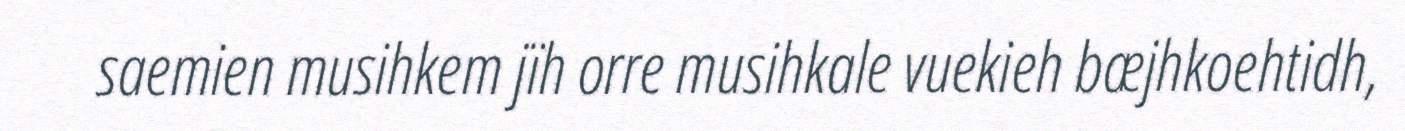
saemien musihkem jïh orre musihkale vuekieh bæjhkoehtidh,